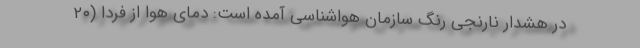
در هشدار نارنجی رنگ سازمان هواشناسی آمده است: دمای هوا از فردا (۲۰